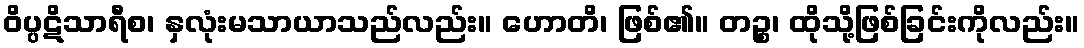
ဝိပ္ပဋိသာရီစ၊ နှလုံးမသာယာသည်လည်း။ ဟောတိ၊ ဖြစ်၏။ တဉ္စ၊ ထိုသို့ဖြစ်ခြင်းကိုလည်း။